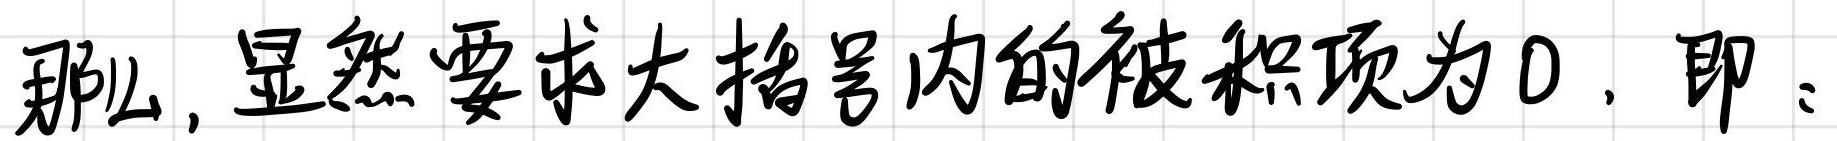
那么，显然要求大括号内的被积项为0，即：